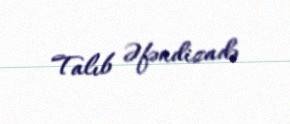
Talıb Əfəndizadə